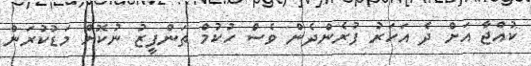
ކުއްޖާ އަށް ދެ އަހަރު ފުރެންދެން ވެސް ހުކުމް ތަންފީޒު ނުކޮށް މަޑުކުރަން